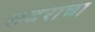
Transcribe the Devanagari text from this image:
सदराचा